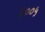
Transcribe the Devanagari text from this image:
६००५